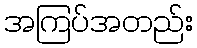
အကြပ်အတည်း